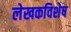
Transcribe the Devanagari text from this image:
लेखकविशेष